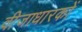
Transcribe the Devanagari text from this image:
वीजाधारकों